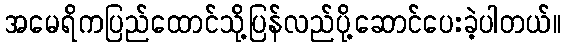
အမေရိကပြည်ထောင်သို့ပြန်လည်ပို့ဆောင်ပေးခဲ့ပါတယ်။